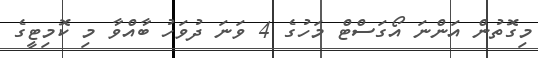
މިގޮތުން އަންނަ އޯގަސްޓް މަހުގެ 4 ވަނަ ދުވަހު ބާއްވާ މި ކޮމިޓީގެ